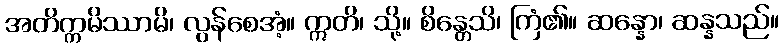
အတိက္ကမိဿာမိ၊ လွန်စေအံ့။ ဣတိ၊ သို့။ စိန္တေသိ၊ ကြံ၏။ ဆန္နော၊ ဆန္နသည်။